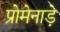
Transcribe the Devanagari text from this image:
प्रोमेनाड़े